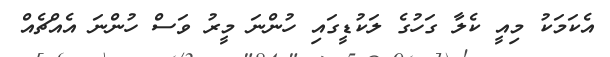
އެކަމަކު މިއީ ކެލާ ގަހުގެ ލަކުޑީގައި ހުންނަ މީރު ވަސް ހުންނަ އެއްޗެއް